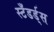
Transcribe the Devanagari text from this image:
स्टँडर्ड्‌स